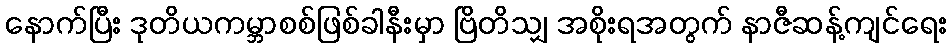
နောက်ပြီး ဒုတိယကမ္ဘာစစ်ဖြစ်ခါနီးမှာ ဗြိတိသျှ အစိုးရအတွက် နာဇီဆန့်ကျင်ရေး